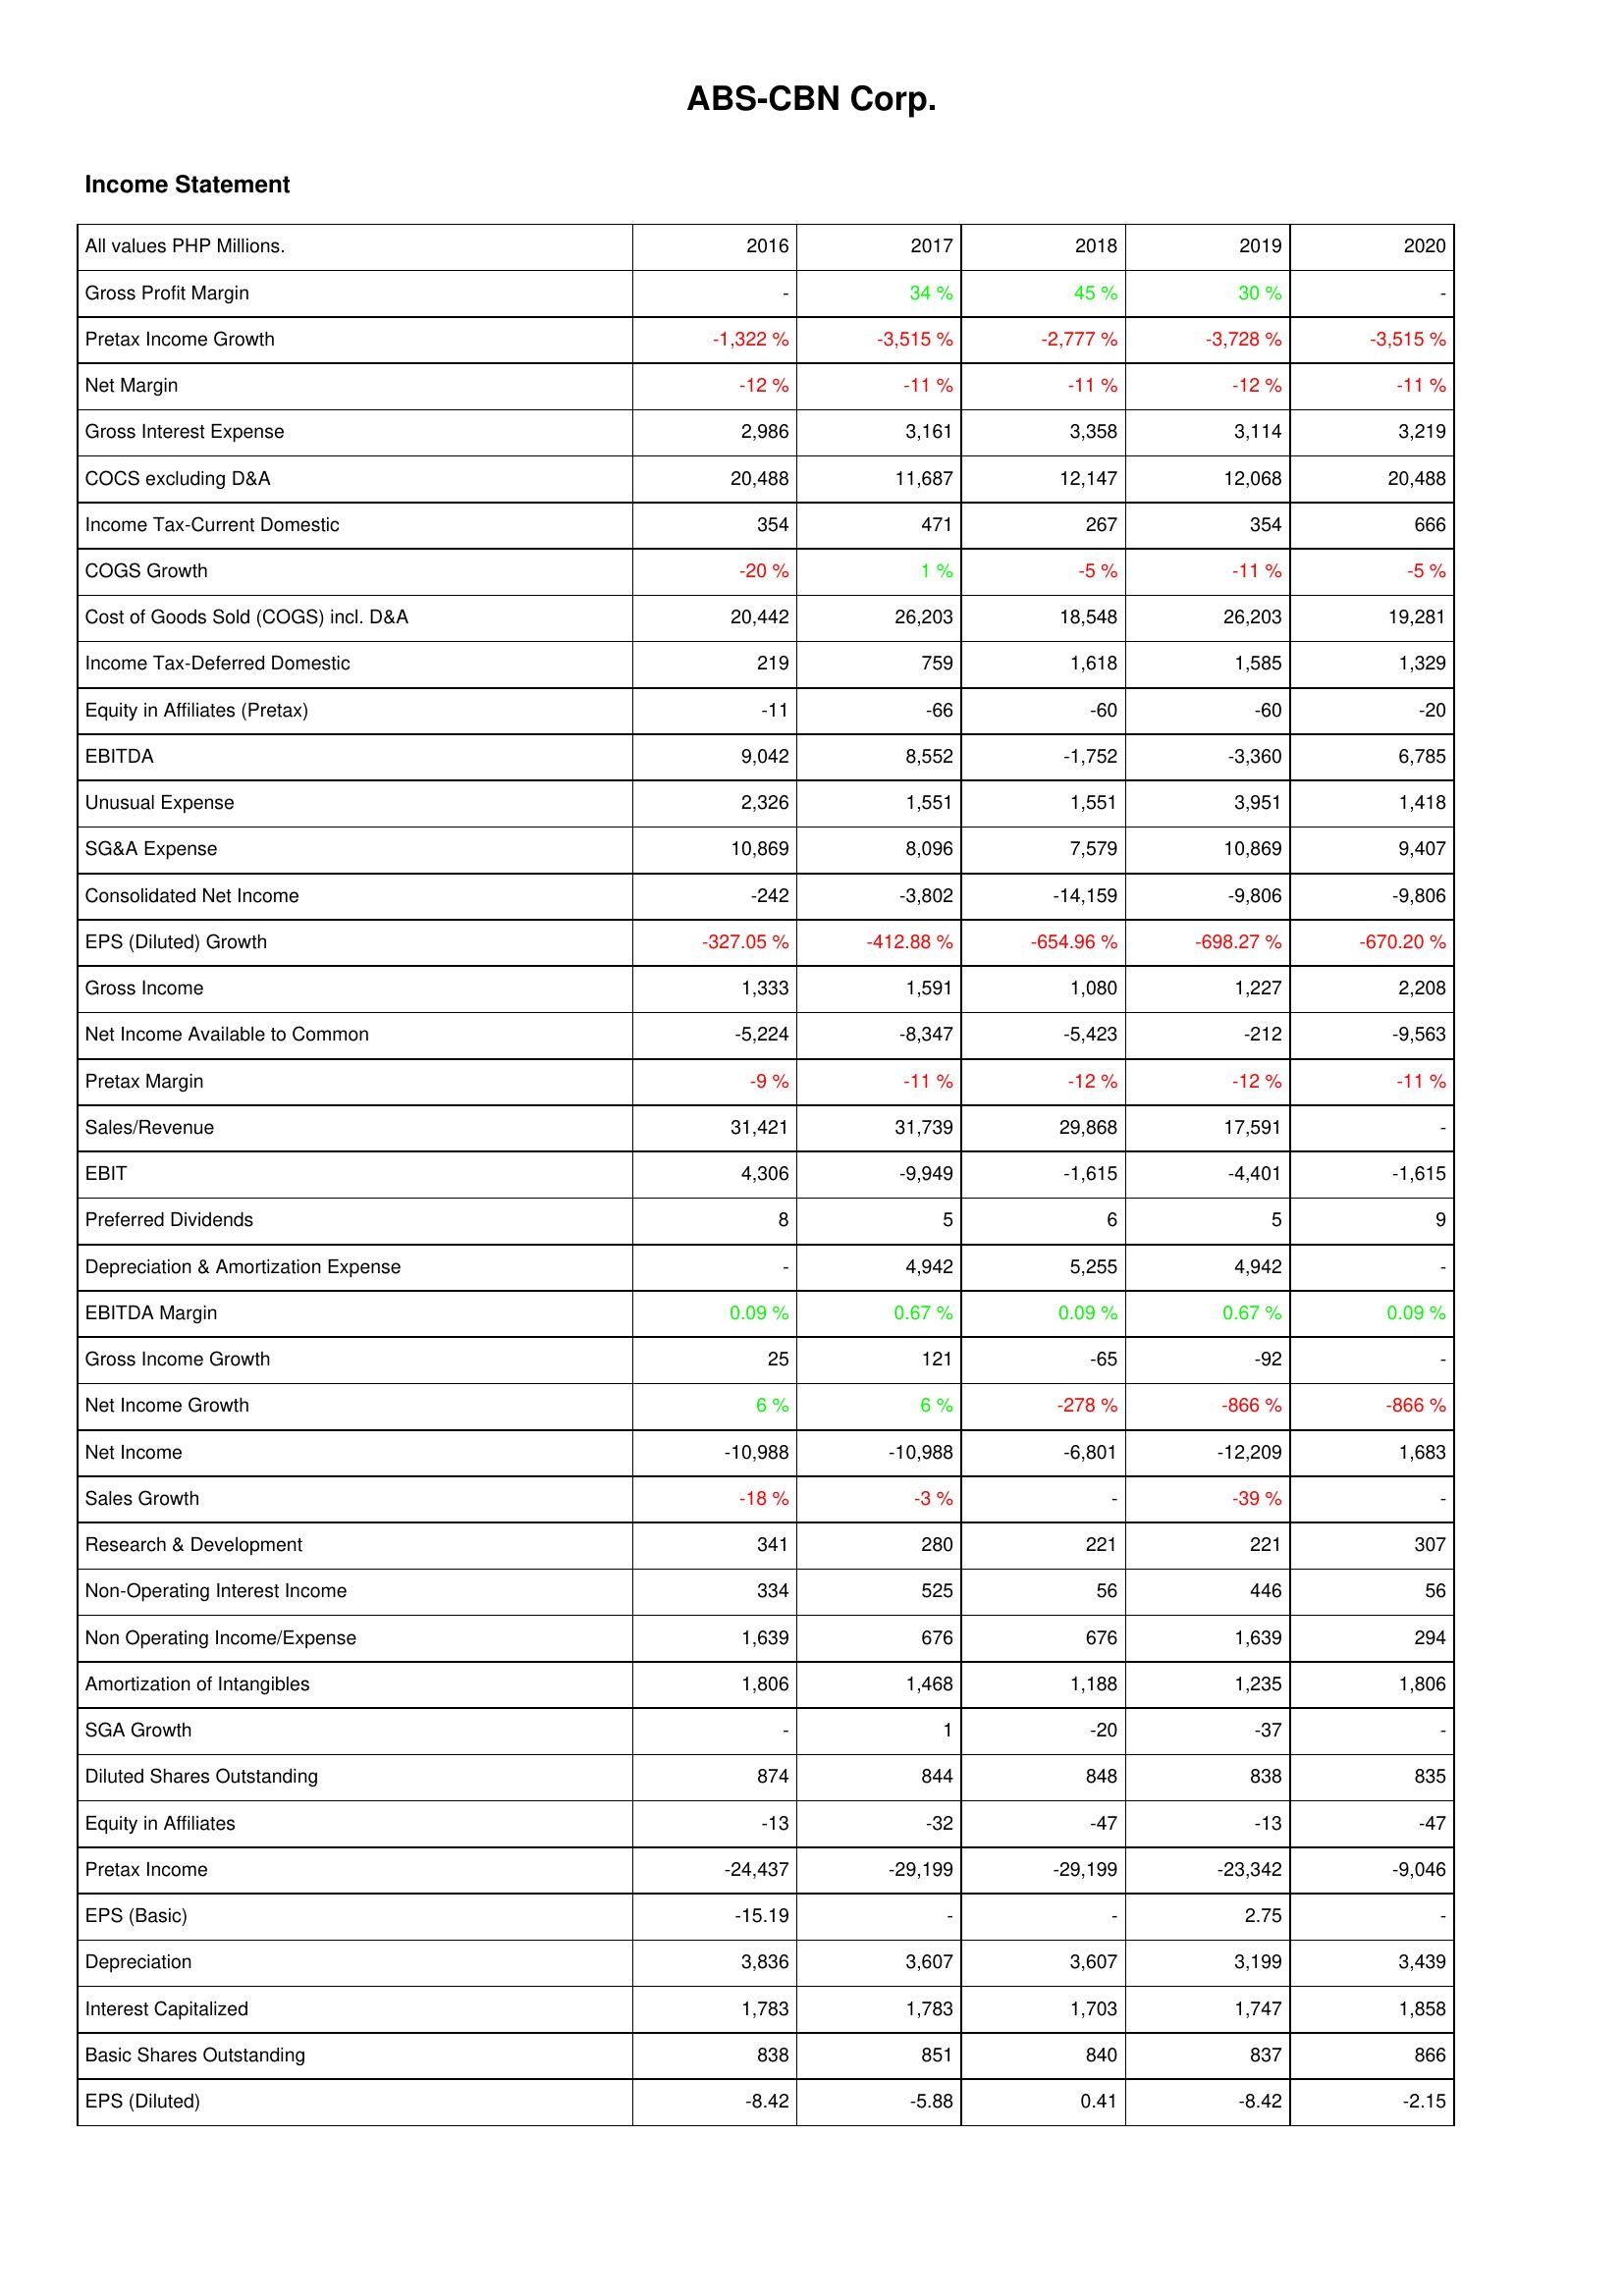
2016: Income Statement: Gross Profit Margin: -
Pretax Income Growth: -1,322 %
Net Margin: -12 %
Gross Interest Expense: 2,986
COCS excluding D&A: 20,488
Income Tax-Current Domestic: 354
COGS Growth: -20 %
Cost of Goods Sold (COGS) incl. D&A: 20,442
Income Tax-Deferred Domestic: 219
Equity in Affiliates (Pretax): -11
EBITDA: 9,042
Unusual Expense: 2,326
SG&A Expense: 10,869
Consolidated Net Income: -242
EPS (Diluted) Growth: -327.05 %
Gross Income: 1,333
Net Income Available to Common: -5,224
Pretax Margin: -9 %
Sales/Revenue: 31,421
EBIT: 4,306
Preferred Dividends: 8
Depreciation & Amortization Expense: -
EBITDA Margin: 0.09 %
Gross Income Growth: 25
Net Income Growth: 6 %
Net Income: -10,988
Sales Growth: -18 %
Research & Development: 341
Non-Operating Interest Income: 334
Non Operating Income/Expense: 1,639
Amortization of Intangibles: 1,806
SGA Growth: -
Diluted Shares Outstanding: 874
Equity in Affiliates: -13
Pretax Income: -24,437
EPS (Basic): -15.19
Depreciation: 3,836
Interest Capitalized: 1,783
Basic Shares Outstanding: 838
EPS (Diluted): -8.42
2017: Income Statement: Gross Profit Margin: 34 %
Pretax Income Growth: -3,515 %
Net Margin: -11 %
Gross Interest Expense: 3,161
COCS excluding D&A: 11,687
Income Tax-Current Domestic: 471
COGS Growth: 1 %
Cost of Goods Sold (COGS) incl. D&A: 26,203
Income Tax-Deferred Domestic: 759
Equity in Affiliates (Pretax): -66
EBITDA: 8,552
Unusual Expense: 1,551
SG&A Expense: 8,096
Consolidated Net Income: -3,802
EPS (Diluted) Growth: -412.88 %
Gross Income: 1,591
Net Income Available to Common: -8,347
Pretax Margin: -11 %
Sales/Revenue: 31,739
EBIT: -9,949
Preferred Dividends: 5
Depreciation & Amortization Expense: 4,942
EBITDA Margin: 0.67 %
Gross Income Growth: 121
Net Income Growth: 6 %
Net Income: -10,988
Sales Growth: -3 %
Research & Development: 280
Non-Operating Interest Income: 525
Non Operating Income/Expense: 676
Amortization of Intangibles: 1,468
SGA Growth: 1
Diluted Shares Outstanding: 844
Equity in Affiliates: -32
Pretax Income: -29,199
EPS (Basic): -
Depreciation: 3,607
Interest Capitalized: 1,783
Basic Shares Outstanding: 851
EPS (Diluted): -5.88
2018: Income Statement: Gross Profit Margin: 45 %
Pretax Income Growth: -2,777 %
Net Margin: -11 %
Gross Interest Expense: 3,358
COCS excluding D&A: 12,147
Income Tax-Current Domestic: 267
COGS Growth: -5 %
Cost of Goods Sold (COGS) incl. D&A: 18,548
Income Tax-Deferred Domestic: 1,618
Equity in Affiliates (Pretax): -60
EBITDA: -1,752
Unusual Expense: 1,551
SG&A Expense: 7,579
Consolidated Net Income: -14,159
EPS (Diluted) Growth: -654.96 %
Gross Income: 1,080
Net Income Available to Common: -5,423
Pretax Margin: -12 %
Sales/Revenue: 29,868
EBIT: -1,615
Preferred Dividends: 6
Depreciation & Amortization Expense: 5,255
EBITDA Margin: 0.09 %
Gross Income Growth: -65
Net Income Growth: -278 %
Net Income: -6,801
Sales Growth: -
Research & Development: 221
Non-Operating Interest Income: 56
Non Operating Income/Expense: 676
Amortization of Intangibles: 1,188
SGA Growth: -20
Diluted Shares Outstanding: 848
Equity in Affiliates: -47
Pretax Income: -29,199
EPS (Basic): -
Depreciation: 3,607
Interest Capitalized: 1,703
Basic Shares Outstanding: 840
EPS (Diluted): 0.41
2019: Income Statement: Gross Profit Margin: 30 %
Pretax Income Growth: -3,728 %
Net Margin: -12 %
Gross Interest Expense: 3,114
COCS excluding D&A: 12,068
Income Tax-Current Domestic: 354
COGS Growth: -11 %
Cost of Goods Sold (COGS) incl. D&A: 26,203
Income Tax-Deferred Domestic: 1,585
Equity in Affiliates (Pretax): -60
EBITDA: -3,360
Unusual Expense: 3,951
SG&A Expense: 10,869
Consolidated Net Income: -9,806
EPS (Diluted) Growth: -698.27 %
Gross Income: 1,227
Net Income Available to Common: -212
Pretax Margin: -12 %
Sales/Revenue: 17,591
EBIT: -4,401
Preferred Dividends: 5
Depreciation & Amortization Expense: 4,942
EBITDA Margin: 0.67 %
Gross Income Growth: -92
Net Income Growth: -866 %
Net Income: -12,209
Sales Growth: -39 %
Research & Development: 221
Non-Operating Interest Income: 446
Non Operating Income/Expense: 1,639
Amortization of Intangibles: 1,235
SGA Growth: -37
Diluted Shares Outstanding: 838
Equity in Affiliates: -13
Pretax Income: -23,342
EPS (Basic): 2.75
Depreciation: 3,199
Interest Capitalized: 1,747
Basic Shares Outstanding: 837
EPS (Diluted): -8.42
2020: Income Statement: Gross Profit Margin: -
Pretax Income Growth: -3,515 %
Net Margin: -11 %
Gross Interest Expense: 3,219
COCS excluding D&A: 20,488
Income Tax-Current Domestic: 666
COGS Growth: -5 %
Cost of Goods Sold (COGS) incl. D&A: 19,281
Income Tax-Deferred Domestic: 1,329
Equity in Affiliates (Pretax): -20
EBITDA: 6,785
Unusual Expense: 1,418
SG&A Expense: 9,407
Consolidated Net Income: -9,806
EPS (Diluted) Growth: -670.20 %
Gross Income: 2,208
Net Income Available to Common: -9,563
Pretax Margin: -11 %
Sales/Revenue: -
EBIT: -1,615
Preferred Dividends: 9
Depreciation & Amortization Expense: -
EBITDA Margin: 0.09 %
Gross Income Growth: -
Net Income Growth: -866 %
Net Income: 1,683
Sales Growth: -
Research & Development: 307
Non-Operating Interest Income: 56
Non Operating Income/Expense: 294
Amortization of Intangibles: 1,806
SGA Growth: -
Diluted Shares Outstanding: 835
Equity in Affiliates: -47
Pretax Income: -9,046
EPS (Basic): -
Depreciation: 3,439
Interest Capitalized: 1,858
Basic Shares Outstanding: 866
EPS (Diluted): -2.15